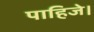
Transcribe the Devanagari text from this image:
पाहिजे।